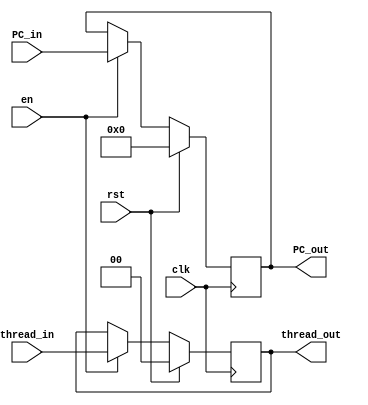
`timescale 1ns / 1ps

module RegIFID(
    input           clk,
    input           rst,
    input           en,
    input [1:0]     thread_in,
    input [63:0]    PC_in,
    output reg [1:0]    thread_out,
    output reg [63:0]   PC_out
);
	always @ (posedge clk) begin
        if(rst) begin
            PC_out <= 0;
            thread_out <=0;
        end
        else if(en) begin
            PC_out <= PC_in;
            thread_out <= thread_in;
        end
	end
endmodule


module RegIDEX(
    input           en,
    input           clk,
    input           rst,
    input [63:0]    PC_in,
    input           Branch_in,
    input           JAL_in,
    input           JALR_in,
    // input           LUI_in,
    input [2:0]     fn3_in,
    input           LR_in,

    input           MemtoReg_in,
    input           RegWrite_in,
    input           MemWrite_in,
    // input           alusrc0_in,
    input           alusrc1_in,
    input [3:0]     aluctrl_in,
    input [1:0]     thread_in,

    output reg      LR_out,
    output reg [1:0]    thread_out,

    output reg [63:0]   PC_out,  
    output reg          Branch_out,
    output reg          JAL_out,
    output reg          JALR_out,
    // output reg          LUI_out,
    output reg [2:0]    fn3_out,

    output reg          MemtoReg_out,
    output reg          RegWrite_out,
    output reg          MemWrite_out,
    // output reg          alusrc0_out,
    output reg          alusrc1_out,
    output reg [3:0]    aluctrl_out,

    input [63:0]    r0data_in,
    input [63:0]    r1data_in,
    input [4:0]     WReg_in,
    input [63:0]    imm_in,

    output reg [63:0]   r0data_out,
    output reg [63:0]   r1data_out,
    output reg [4:0]    WReg_out,
    output reg [63:0]   imm_out
);
	always @ (posedge clk) begin
        if(rst) begin
            r1data_out <= 0;
            r0data_out <= 0;
            WReg_out <= 0;
            imm_out <= 0;

            Branch_out <= 0;
            JAL_out <= 0;
            JALR_out <= 0;
            // LUI_out <= 0;
            LR_out <= 0;

            MemtoReg_out <= 0;
            RegWrite_out <= 0;
            MemWrite_out <= 0;
            // alusrc0_out <= 0;
            alusrc1_out <= 0;
            aluctrl_out <= 0;
            fn3_out <= 0;
            PC_out <= 0;
            thread_out <= 0;
        end
        else if(en) begin
            r1data_out <= r1data_in;
            r0data_out <= r0data_in;
            WReg_out <= WReg_in;
            imm_out <= imm_in;

            Branch_out <= Branch_in;
            JAL_out <= JAL_in;
            JALR_out <= JALR_in;
            // LUI_out <= LUI_in;
            LR_out <= LR_in;

            MemtoReg_out <= MemtoReg_in;
            RegWrite_out <= RegWrite_in;
            MemWrite_out <= MemWrite_in;
            // alusrc0_out <= alusrc0_in;
            alusrc1_out <= alusrc1_in;
            aluctrl_out <= aluctrl_in;
            fn3_out <= fn3_in;
            PC_out <= PC_in;
            thread_out <= thread_in;
        end
        else begin
            RegWrite_out <= 0;
            MemWrite_out <= 0;
        end
	end
endmodule


module RegEXME(
    input en,
    input clk,
    input rst,
    input [63:0] PC_in,
    input WRegEn_in,
    input WMemEn_in,
    input MemtoReg_in,
    input LR_in,

    input [63:0] r1data_in,
    input [63:0] ALUresult_in,
    input [4:0] WReg_in,
    input [1:0]     thread_in,
    output reg [1:0]    thread_out,

    output reg LR_out,
    output reg [63:0] PC_out,
    output reg MemtoReg_out,
    output reg WRegEn_out,
    output reg WMemEn_out,
    output reg [63:0] r1data_out,
    output reg [63:0] ALUresult_out,
    output reg [4:0] WReg_out,

    // input       JAL_in,
    // output reg  JAL_out,
    // input       JALR_in,
    // output reg  JALR_out

    input jump_in,
    output reg jump_out
);
	always @ (posedge clk) begin
        if(rst) begin
            MemtoReg_out <= 0;
            WRegEn_out <= 0;
            WMemEn_out <= 0;
            r1data_out <= 0;
            ALUresult_out <= 0;
            WReg_out <= 0;
            PC_out <= 0;
            // JAL_out <= 0;
            // JALR_out <= 0;
            thread_out <= 0;
            LR_out <= 0;
            jump_out <= 0;
        end
        else if(en) begin
            MemtoReg_out <= MemtoReg_in;
            WRegEn_out <= WRegEn_in;
            WMemEn_out <= WMemEn_in;
            r1data_out <= r1data_in;
            ALUresult_out <= ALUresult_in;
            WReg_out <= WReg_in;
            PC_out <= PC_in;
            // JAL_out <= JAL_in;
            // JALR_out <= JALR_in;
            thread_out <= thread_in;
            LR_out <= LR_in;
            jump_out <= jump_in;
        end
	end
endmodule


module RegMEWB(
    input en,
    input clk,
    input rst,
    input [63:0]    PC_in,
    input           WRegEn_in,
    input           MemtoReg_in,
    input [4:0]     WReg_in,
    input [63:0]    ALUresult_in,
    input [1:0]     thread_in,
    input           LR_in,
    input [2:0]     fn3_in,
    output reg [2:0] fn3_out,
    output reg [1:0]    thread_out,
    output reg [63:0]   PC_out,
    output reg [63:0]   ALUresult_out,
    output reg          MemtoReg_out,
    output reg          WRegEn_out,
    output reg [4:0]    WReg_out,
    output reg          LR_out,

    // input       JAL_in,
    // output reg  JAL_out,
    // input       JALR_in,
    // output reg  JALR_out

    input jump_in,
    output reg jump_out
);
	always @ (posedge clk) begin
        if(rst) begin
            WRegEn_out <= 0;
            WReg_out <= 0;
            MemtoReg_out <= 0;
            ALUresult_out <= 0;
            PC_out <= 0;
            // JAL_out <= 0;
            // JALR_out <= 0;
            thread_out <= 0;
            LR_out <= 0;    
            fn3_out <= 0;
            jump_out <= 0;    
        end
        else if(en) begin
            WRegEn_out <= WRegEn_in;
            WReg_out <= WReg_in;
            MemtoReg_out <= MemtoReg_in;
            ALUresult_out <= ALUresult_in;
            PC_out <= PC_in;
            // JAL_out <= JAL_in;
            // JALR_out <= JALR_in;
            thread_out <= thread_in;
            LR_out <= LR_in;
            fn3_out <= fn3_in;
            jump_out <= jump_in;
        end
	end
endmodule